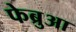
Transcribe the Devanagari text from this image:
फेब्रुआ